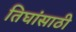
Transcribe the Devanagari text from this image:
तिघांसाठी